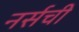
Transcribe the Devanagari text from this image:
नर्सची